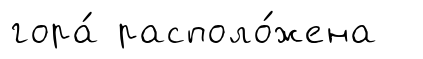
гора́ располо́жена